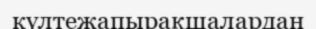
күлтежапырақшалардан